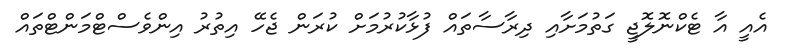
އެއީ އާ ޓެކްނޮލޮޖީ ގަތުމަށާއި ދިރާސާތައް ފުޅާކުރުމަށް ކުރަން ޖެހޭ އިތުރު އިންވެސްޓްމަންޓްތައް